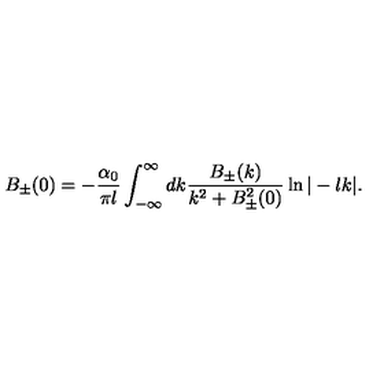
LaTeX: B _ { \pm } ( 0 ) = - \frac { \alpha _ { 0 } } { \pi l } \int _ { - \infty } ^ { \infty } d k \frac { B _ { \pm } ( k ) } { k ^ { 2 } + B _ { \pm } ^ { 2 } ( 0 ) } \ln | - l k | .